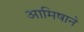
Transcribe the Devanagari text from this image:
आमिषाने